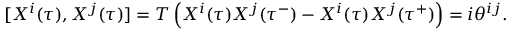
[ X ^ { i } ( \tau ) , X ^ { j } ( \tau ) ] = T \left( X ^ { i } ( \tau ) X ^ { j } ( \tau ^ { - } ) - X ^ { i } ( \tau ) X ^ { j } ( \tau ^ { + } ) \right) = i \theta ^ { i j } .